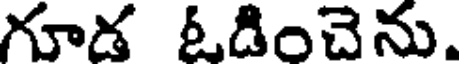
గూడ ఓడించెను.